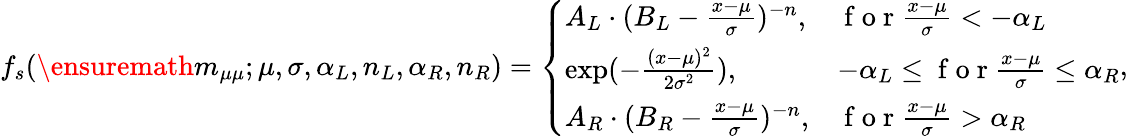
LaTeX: f_{s}(\ensuremath{m_{\mu\mu}};\mu,\sigma,\alpha_{L},n_{L},\alpha_{R},n_{R})=\left\{ \begin{array}{ll}{A_{L}\cdot(B_{L}-\frac{x-\mu}{\sigma})^{-n},}&{\mathrm{~f~o~r~}\frac{x-\mu}{\sigma}<-\alpha_{L}}\\ {\exp(-\frac{(x-\mu)^{2}}{2\sigma^{2}}),}&{-\alpha_{L}\leq\mathrm{~f~o~r~}\frac{x-\mu}{\sigma}\leq\alpha_{R}}\\ {A_{R}\cdot(B_{R}-\frac{x-\mu}{\sigma})^{-n},}&{\mathrm{~f~o~r~}\frac{x-\mu}{\sigma}>\alpha_{R}}\end{array}\right.,